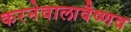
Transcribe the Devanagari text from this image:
करनेवालावैष्णव